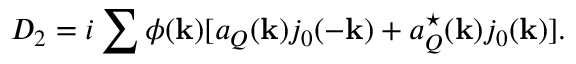
D _ { 2 } = i \sum { } \phi ( { \bf k } ) [ a _ { Q } ( { \bf k } ) j _ { 0 } ( - { \bf k } ) + a _ { Q } ^ { \star } ( { \bf k } ) j _ { 0 } ( { \bf k } ) ] .